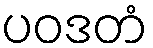
ပဝဒတံ